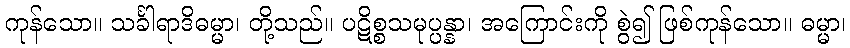
ကုန်သော။ သင်္ခါရာဒိဓမ္မာ၊ တို့သည်။ ပဋိစ္စသမုပ္ပန္နာ၊ အကြောင်းကို စွဲ၍ ဖြစ်ကုန်သော။ ဓမ္မာ၊